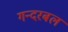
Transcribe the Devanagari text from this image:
गन्दरबल